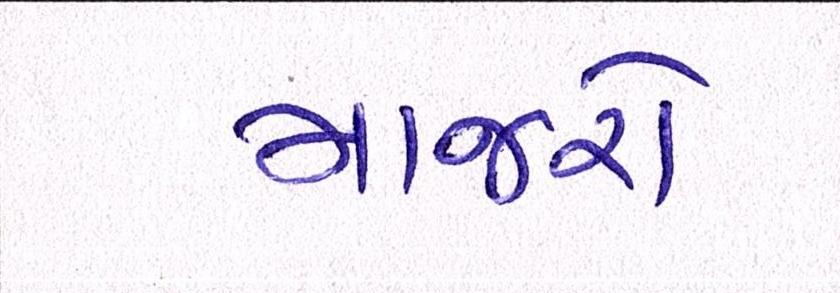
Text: માજરો